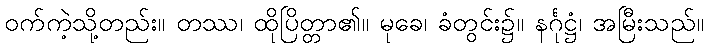
ဝက်ကဲ့သို့တည်း။ တဿ၊ ထိုပြိတ္တာ၏။ မုခေ၊ ခံတွင်း၌။ နင်္ဂုဋ္ဌံ၊ အမြီးသည်။